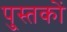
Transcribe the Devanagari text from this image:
पु्स्तकों